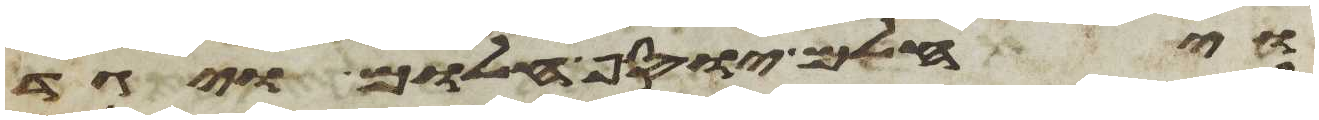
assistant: ויחלם יוסף חלום ויגד